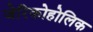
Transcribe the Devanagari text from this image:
जेरिकोहोलिक